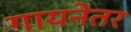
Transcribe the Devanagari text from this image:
गायनेतर